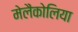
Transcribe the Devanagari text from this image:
मेलैंकोलिया